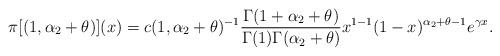
LaTeX: \begin{align*}\pi[(1,\alpha_2+\theta)](x) = c(1,\alpha_2+\theta)^{-1}\frac{\Gamma(1+\alpha_2+\theta)}{\Gamma(1)\Gamma(\alpha_2+\theta)}x^{1-1}(1-x)^{\alpha_2+\theta-1}e^{\gamma x}.\end{align*}